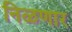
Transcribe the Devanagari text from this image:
निळणार